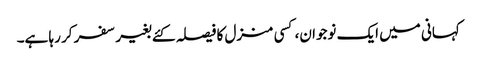
کہانی میں ایک نوجوان، کسی منزل کا فیصلہ کئے بغیر سفر کر رہا ہے۔